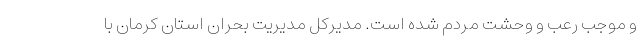
و موجب رعب و وحشت مردم شده است. مدیرکل مدیریت بحران استان کرمان با